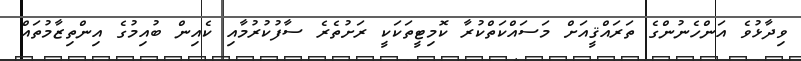
ވިދާޅުވެ އަންހެނުންގެ ތަރައްޤީއަށް މަސައްކަތްކުރާ ކޮމިޓީތަކަކީ ރަށުތެރެ ސާފުކުރުމާއި ކެއިން ބުއިމުގެ އިންތިޒާމުތައް